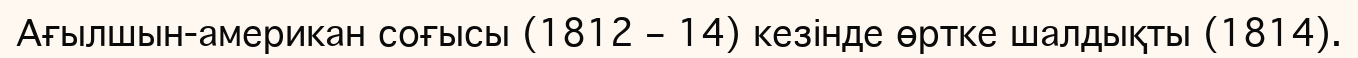
Ағылшын-американ соғысы (1812 – 14) кезінде өртке шалдықты (1814).